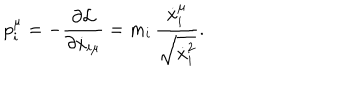
p _ { i } ^ { \mu } = - { \frac { \partial { \cal L } } { \partial { \dot { x } } _ { i \mu } } } = m _ { i } \, { \frac { { \dot { x } } _ { i } ^ { \mu } } { \sqrt { { \dot { x } } _ { i } ^ { 2 } } } } .